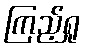
ကြည့်ရှု